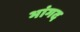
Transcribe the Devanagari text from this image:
भांगद